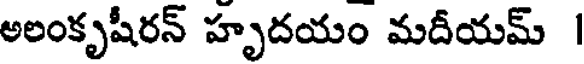
అలంకృషీరన్ హృదయం మదీయమ్ |